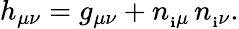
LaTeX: h_{\mu\nu}=g_{\mu\nu}+n_{_\mathbf{i}\mu}\, n_{_\mathbf{i}\nu}.